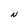
Character: N